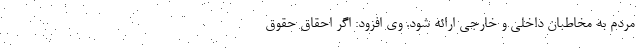
مردم به مخاطبان داخلی و خارجی ارائه شود. وی افزود: اگر احقاق حقوق